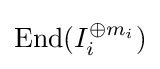
\operatorname {End} (I_{i}^{\oplus m_{i}})